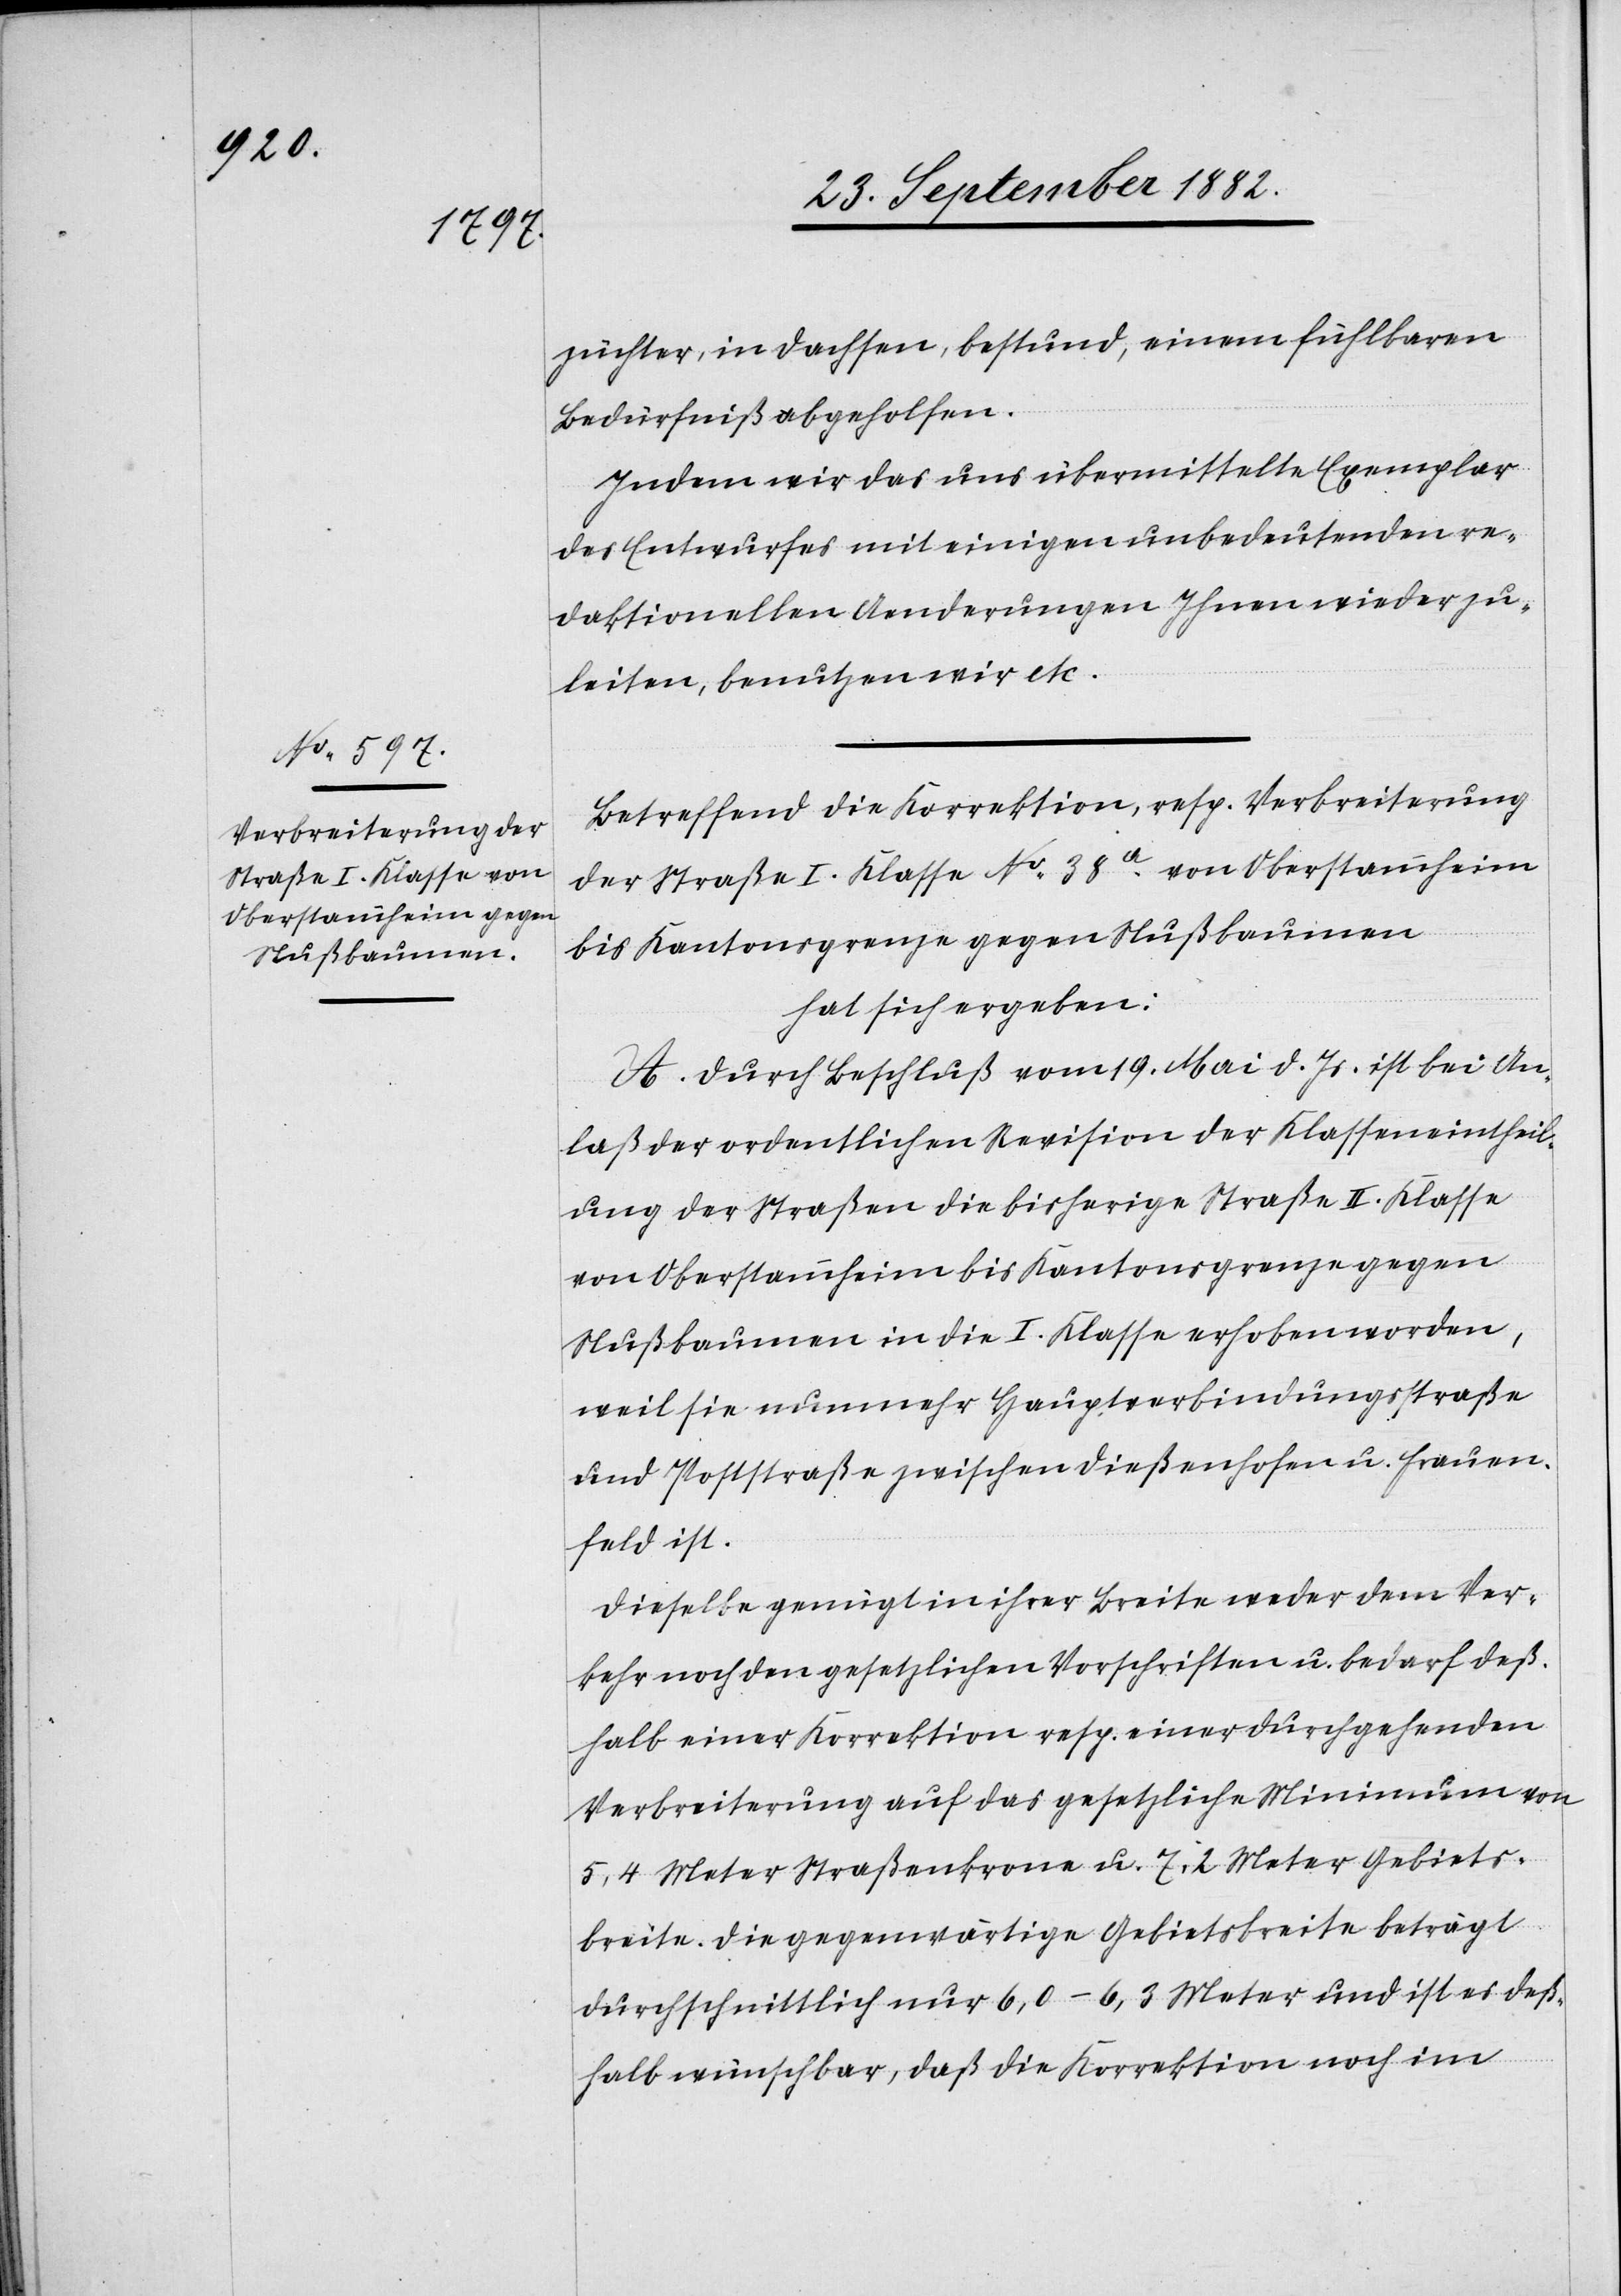
züchter, in Dachsen, bestund, einem fühlbaren
Bedürfniß abgeholfen.
Indem wir das uns übermittelte Exemplar
des Entwurfes mit einigen unbedeutenden re¬
daktionellen Aenderungen Ihnen wieder zu¬
leiten, benutzen wir etc.“
Betreffend die Korrektion, resp. Verbreiterung
der Straße I. Klasse No 38a von Oberstammheim
bis Kantonsgrenze gegen Nußbaumen
hat sich ergeben:
A. Durch Beschluß vom 19. Mai d. Js. ist bei An¬
laß der ordentlichen Revision der Klasseneintheil¬
ung der Straßen die bisherige Straße II. Klasse
von Oberstammheim bis Kantonsgrenze gegen
Nußbaumen in die I. Klasse erhoben worden,
weil sie nunmehr Hauptverbindungsstraße
und Poststraße zwischen Dießenhofen u. Frauen¬
feld ist.
Dieselbe genügt in ihrer Breite weder dem Ver¬
kehr noch den gesetzlichen Vorschriften u. bedarf deß¬
halb einer Korrektion resp. einer durchgehenden
Verbreiterung auf das gesetzliche Minimum von
5,4 Meter Straßenkrone u. 7,2 Meter Gebiets¬
breite. Die gegenwärtige Gebietsbreite beträgt
durchschnittlich nur 6,0–6,3 Meter und ist es deß¬
halb wünschbar, daß die Korrektion noch im